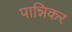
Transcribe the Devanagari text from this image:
पान्निकर